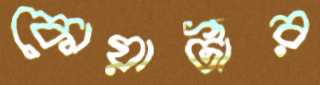
কোয়ার্টার